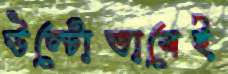
উল্টোভাবেই